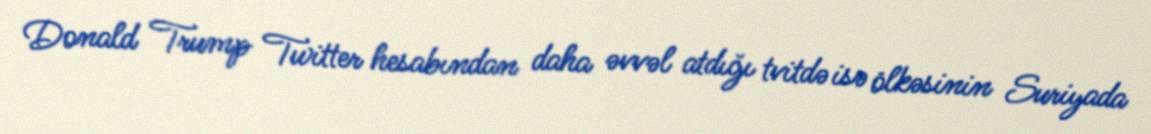
Donald Trump Twitter hesabından daha əvvəl atdığı tvitdə isə ölkəsinin Suriyada